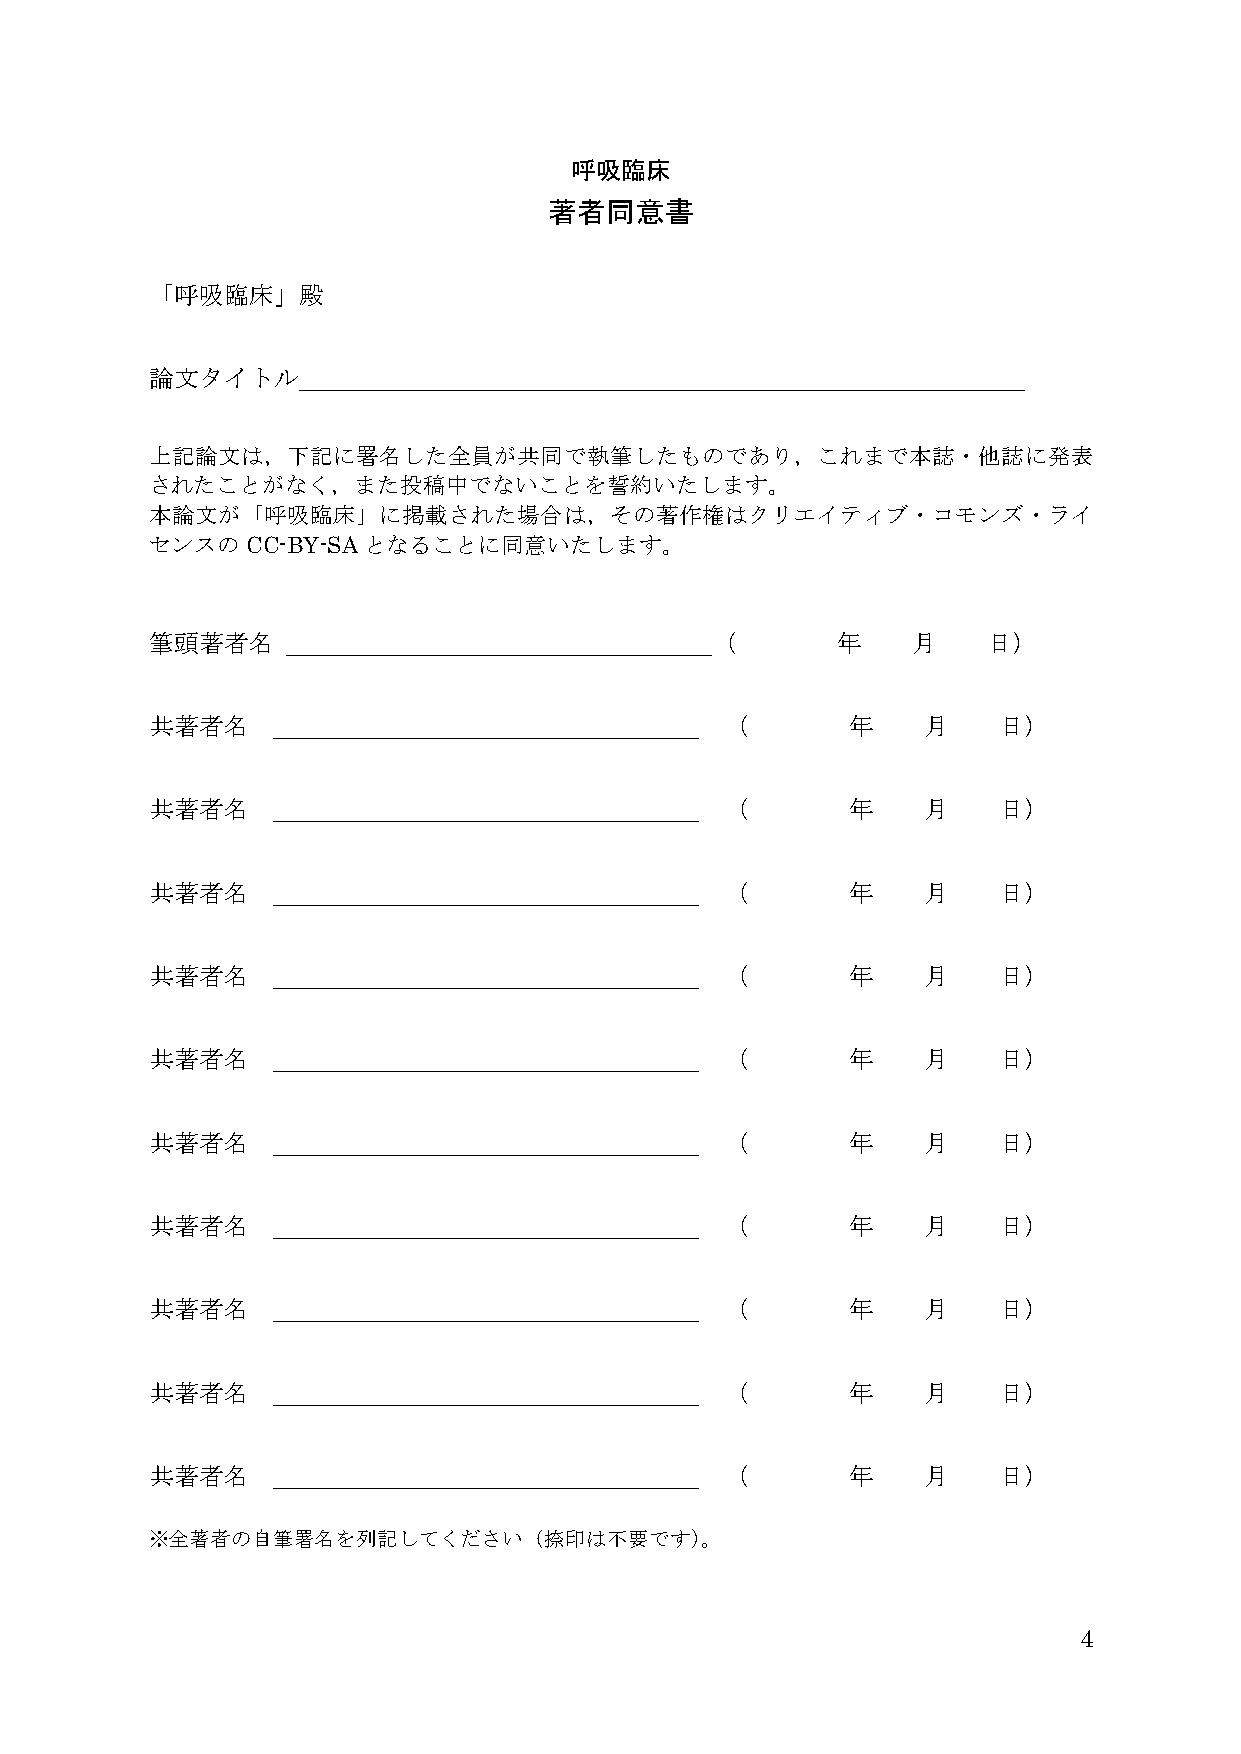
呼吸臨床
 著者同意書
 「呼吸臨床」殿
 論文タイトル
 上記論文は，下記に署名した全員が共同で執筆したものであり，これまで本誌・他誌に発表
 されたことがなく，また投稿中でないことを誓約いたします。
 本論文が「呼吸臨床」に掲載された場合は，その著作権はクリエイティブ・コモンズ・ライ
 センスのCC-BY-SAとなることに同意いたします。
 筆頭著者名                                （       年    月    日）
 共著者名                                  （       年    月    日）
 共著者名                                  （       年    月    日）
 共著者名                                  （       年    月    日）
 共著者名                                  （       年    月    日）
 共著者名                                  （       年    月    日）
 共著者名                                  （       年    月    日）
 共著者名                                  （       年    月    日）
 共著者名                                  （       年    月    日）
 共著者名                                  （       年    月    日）
 共著者名                                  （       年    月    日）
 ※全著者の自筆署名を列記してください（捺印は不要です）。
 4